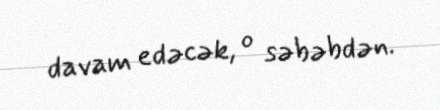
davam edəcək, o səbəbdən.